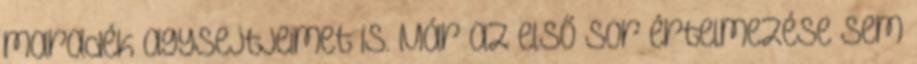
maradék agysejtjeimet is. Már az első sor értelmezése sem